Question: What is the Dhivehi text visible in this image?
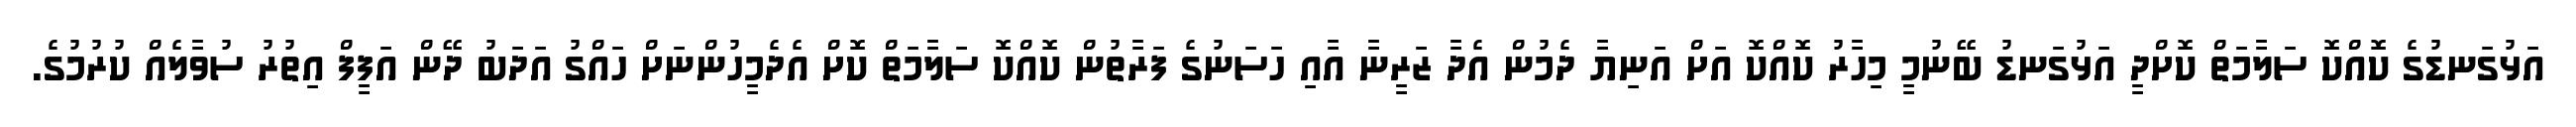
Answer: އަޅުގަނޑުގެ ކޮއްކޮ ސަލާމަތް ކޮށްދީ އަޅުގަނޑު ބޭނުމީ މިހާރު ކޮއްކޮ އަށް އަނިޔާ ދެމުން އެދާ ޒަރީނާ އާއި ހަސަނުގެ ފަރާތުން ކޮއްކޮ ސަލާމަތް ކޮށް އެދެމީހުންނަށް ހައްގު އަދަބު ދޭން އަފީފް އިތުރު ސުވާލެއް ކުރުމުގެ.